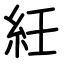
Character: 紝